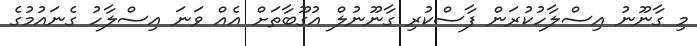
މި ގާނޫނު އިސްލާހުކުރަން ފާސްކުރި ގާނޫނުލް އުގޫބާތަށް އެއް ވަނަ އިސްލާހު ގެނައުމުގެ